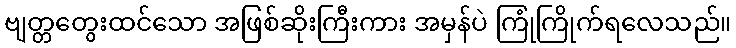
ဗျတ္တတွေးထင်သော အဖြစ်ဆိုးကြီးကား အမှန်ပဲ ကြုံကြိုက်ရလေသည်။